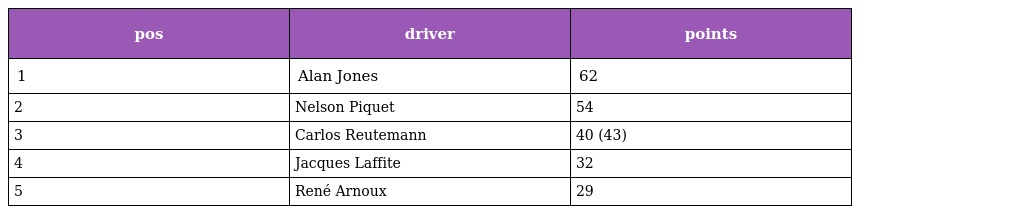
| pos | driver | points |
 | --- | --- | --- |
 | 1 | Alan Jones | 62 |
 | 2 | Nelson Piquet | 54 |
 | 3 | Carlos Reutemann | 40 (43) |
 | 4 | Jacques Laffite | 32 |
 | 5 | René Arnoux | 29 |